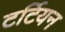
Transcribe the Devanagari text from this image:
टर्टियन